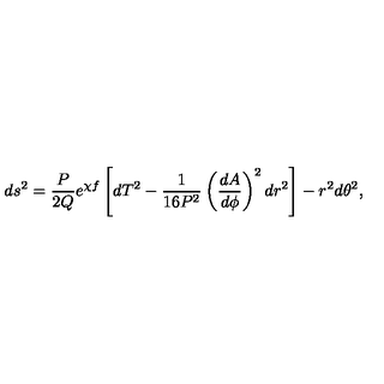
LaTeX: d s ^ { 2 } = \frac { P } { 2 Q } e ^ { \chi f } \left[ d T ^ { 2 } - \frac { 1 } { 1 6 P ^ { 2 } } \left( \frac { d A } { d \phi } \right) ^ { 2 } d r ^ { 2 } \right] - r ^ { 2 } d \theta ^ { 2 } ,